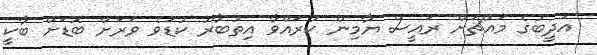
އަދީބުގެ މައްޗަށް ރައީސް ޔާމިން ކުރައްވާ އިތުބާރު ކުޑަވެ ވަރަށް ބޮޑަށް ބާކީ